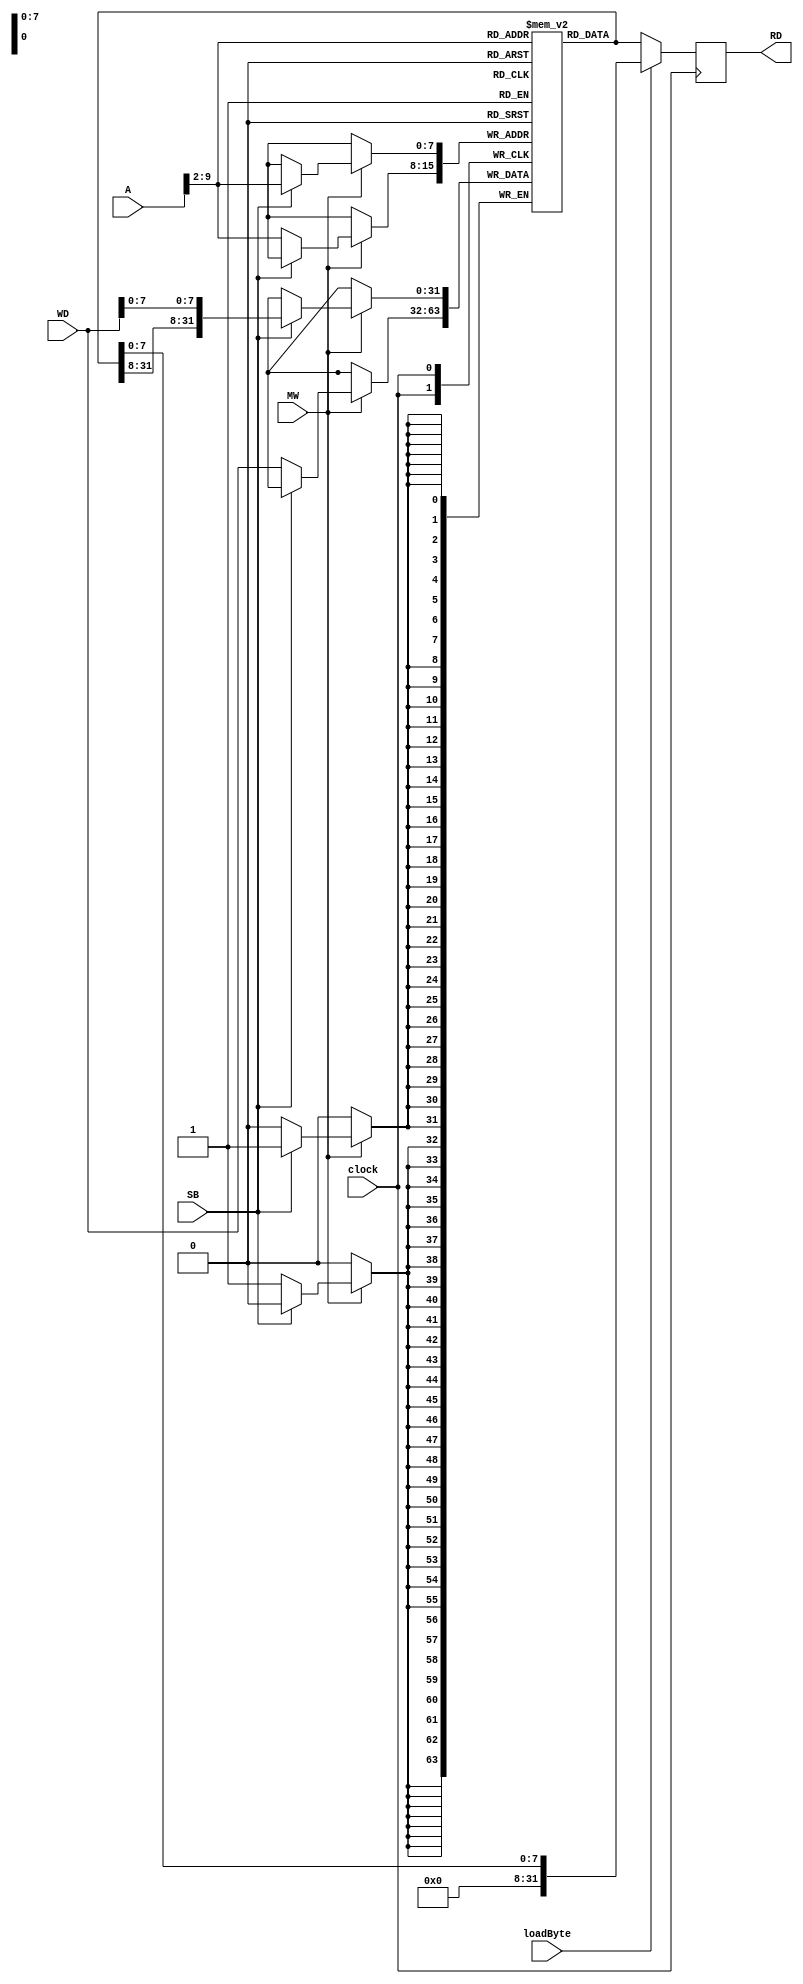
`timescale 1ns / 1ps
//////////////////////////////////////////////////////////////////////////////////
// Company: 
// Engineer: 
// 
// Design Name: 
// Module Name:    memoria_datos 
// Project Name: 
// Target Devices: 
// Tool versions: 
// Description: 
//
// Dependencies: 
//
// Revision: 
// Revision 0.01 - File Created
// Additional Comments: 
//
//////////////////////////////////////////////////////////////////////////////////

//Objetivo del modulo
//Este es el modulo de memoria de datos encargado de almacenar la informacin que
//deba ser movida a este nivel de memoria, permite guardar tanto una palabra completa
//como un byte, adems de la lectura de toda una palabra

module memoriaDatos (
		input [31:0] A,  								//direccion de memoria sobre la que se trabaja
		input [31:0] WD, 								//datos a escribir en memoria
		input MW,		  								//activar escritura en memoria
		input SB,		  								//activar escritura de 1 byte
		input clock,
		input loadByte,
		output reg [31:0] RD     						//salida de datos de memoria
	);

	reg [31:0] memoria[255:0];  				//memoria de 32 bits y 256 filas
	wire [7:0] direccion = A[9:2];				//dado que cada fila es de 4 bytes
															//la direccion para buscar dentro de la memoria
															//se registra hasta el bit A[2]
	
	integer i;										//contadores para inicializar la memoria
	
	initial begin										//inicializacin de la memoria
		for (i=0; i<250; i=i+1) begin
			memoria[i] = 0;
		end
		for (i=250;i<256; i=i+1)
		begin
			memoria[i] = 0;
		end
	end
	
	reg [31:0] copia;									//registro auxiliar para realizar store byte
	
	always @(posedge clock) begin
		if (MW) begin									//cuando se desea escribir a memoria...
			if (SB) begin								//***un solo byte a memoria
				copia = memoria[direccion];		//copiar la palabra en la direccion de memoria al registro auxiliar
				copia[7:0] = WD[7:0];				//escribe sobre el byte 0 de la copia
				memoria[direccion] = copia;		//escribir los datos de la copia sobre la misma palabra en la memoria
			end
			else begin									//***toda la palabra a memoria
				memoria[direccion] = WD;			//escribir los datos de WD en la direccion de memoria
			end
		end
	end
	
	reg [31:0] copiaLoad = 0;
	
	always @(negedge clock) begin
		if (loadByte) begin
			copiaLoad = memoria[direccion];
			RD = {24'b0, copiaLoad[7:0]};
		end
		else
		begin
			RD = memoria[direccion];				   //colocar a la salida la palabra en la direccion de memoria
		end
	end
endmodule